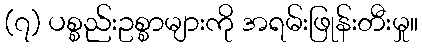
(၇) ပစ္စည်းဥစ္စာများကို အရမ်းဖြုန်းတီးမှု။